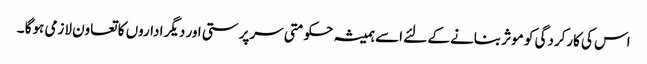
اس کی کارکردگی کو موثر بنانے کے لئے اسے ہمیشہ حکومتی سرپرستی اور دیگر اداروں کا تعاون لازمی ہوگا ۔